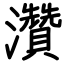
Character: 灒